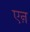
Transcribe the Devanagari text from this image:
एऩ